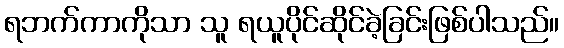
ရဘက်ကာကိုသာ သူ ရယူပိုင်ဆိုင်ခဲ့ခြင်းဖြစ်ပါသည်။